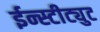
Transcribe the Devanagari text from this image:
ईन्स्टीट्युट